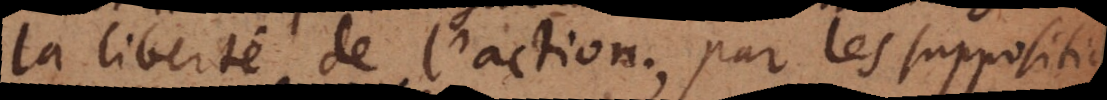
la liberté de l’action; par les suppositio